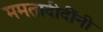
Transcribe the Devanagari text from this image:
ममतादीदींनी